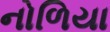
નોળિયા